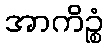
အာကိဉ္စံ